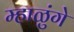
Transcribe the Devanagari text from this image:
म्हाळुंगे